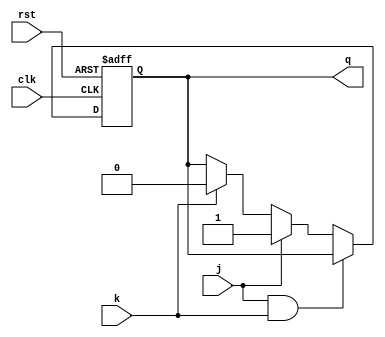
module jk_latch(
    input clk,
    input rst,
    input j,
    input k,
    output reg q
);

always @(posedge clk or posedge rst)begin
    if(rst)
        q <= 1'b0;
    else if(j & k)
        q <= q;
    else if(j)
        q <= 1'b1;
    else if(k)
        q <= 1'b0;
end

endmodule